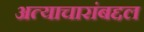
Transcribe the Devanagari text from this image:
अत्याचारांबद्दल